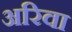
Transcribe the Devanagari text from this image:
अरिवा